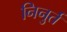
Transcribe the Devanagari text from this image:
निनुर्त